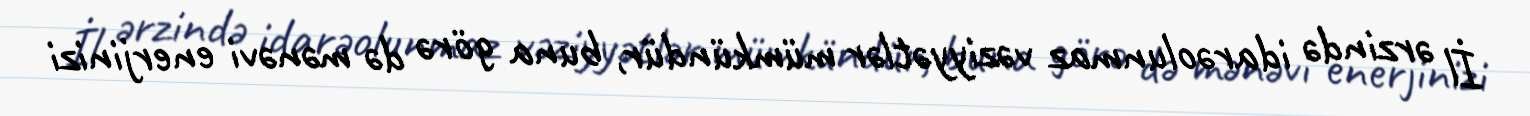
İl ərzində idarəolunmaz vəziyyətlər mümkündür, buna görə də mənəvi enerjinizi